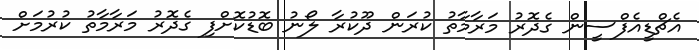
އެޗްޑީއެފްސީން ގެދޮރު މަރާމާތު ކުރަން ދޫކުރާ ލޯނު ބޮޑުކޮށްފި ގެދޮރު މަރާމާތު ކުރުމަށް